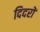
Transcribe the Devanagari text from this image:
दिदरों